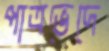
পাত্রভেদে